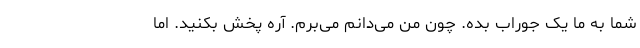
شما به ما یک جوراب بده. چون من می‌دانم می‌برم. آره پخش بکنید. اما